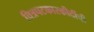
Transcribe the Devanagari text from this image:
चित्रपटकारकीर्दीची